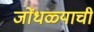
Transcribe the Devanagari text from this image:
जोंधळ्याची